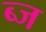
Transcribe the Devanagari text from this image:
ब्ज